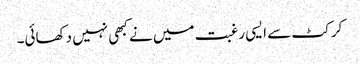
کرکٹ سے ایسی رغبت میں نے کبھی نہیں دکھائی۔